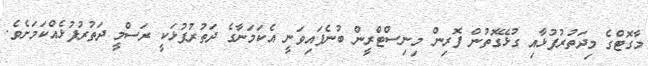
މާގޮޓްގެ މިދަތުރުފުޅާއި ގުޅޭގޮތުން ފޮރިން މިނިސްޓްރީން ބުނެފައިވަނީ އެކަމަނާގެ ދަތުރުފުޅަކީ ރަސްމީ ދަތުރުފުޅެއްކަމަށެވެ.